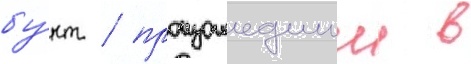
бу́нт / произошедшии в